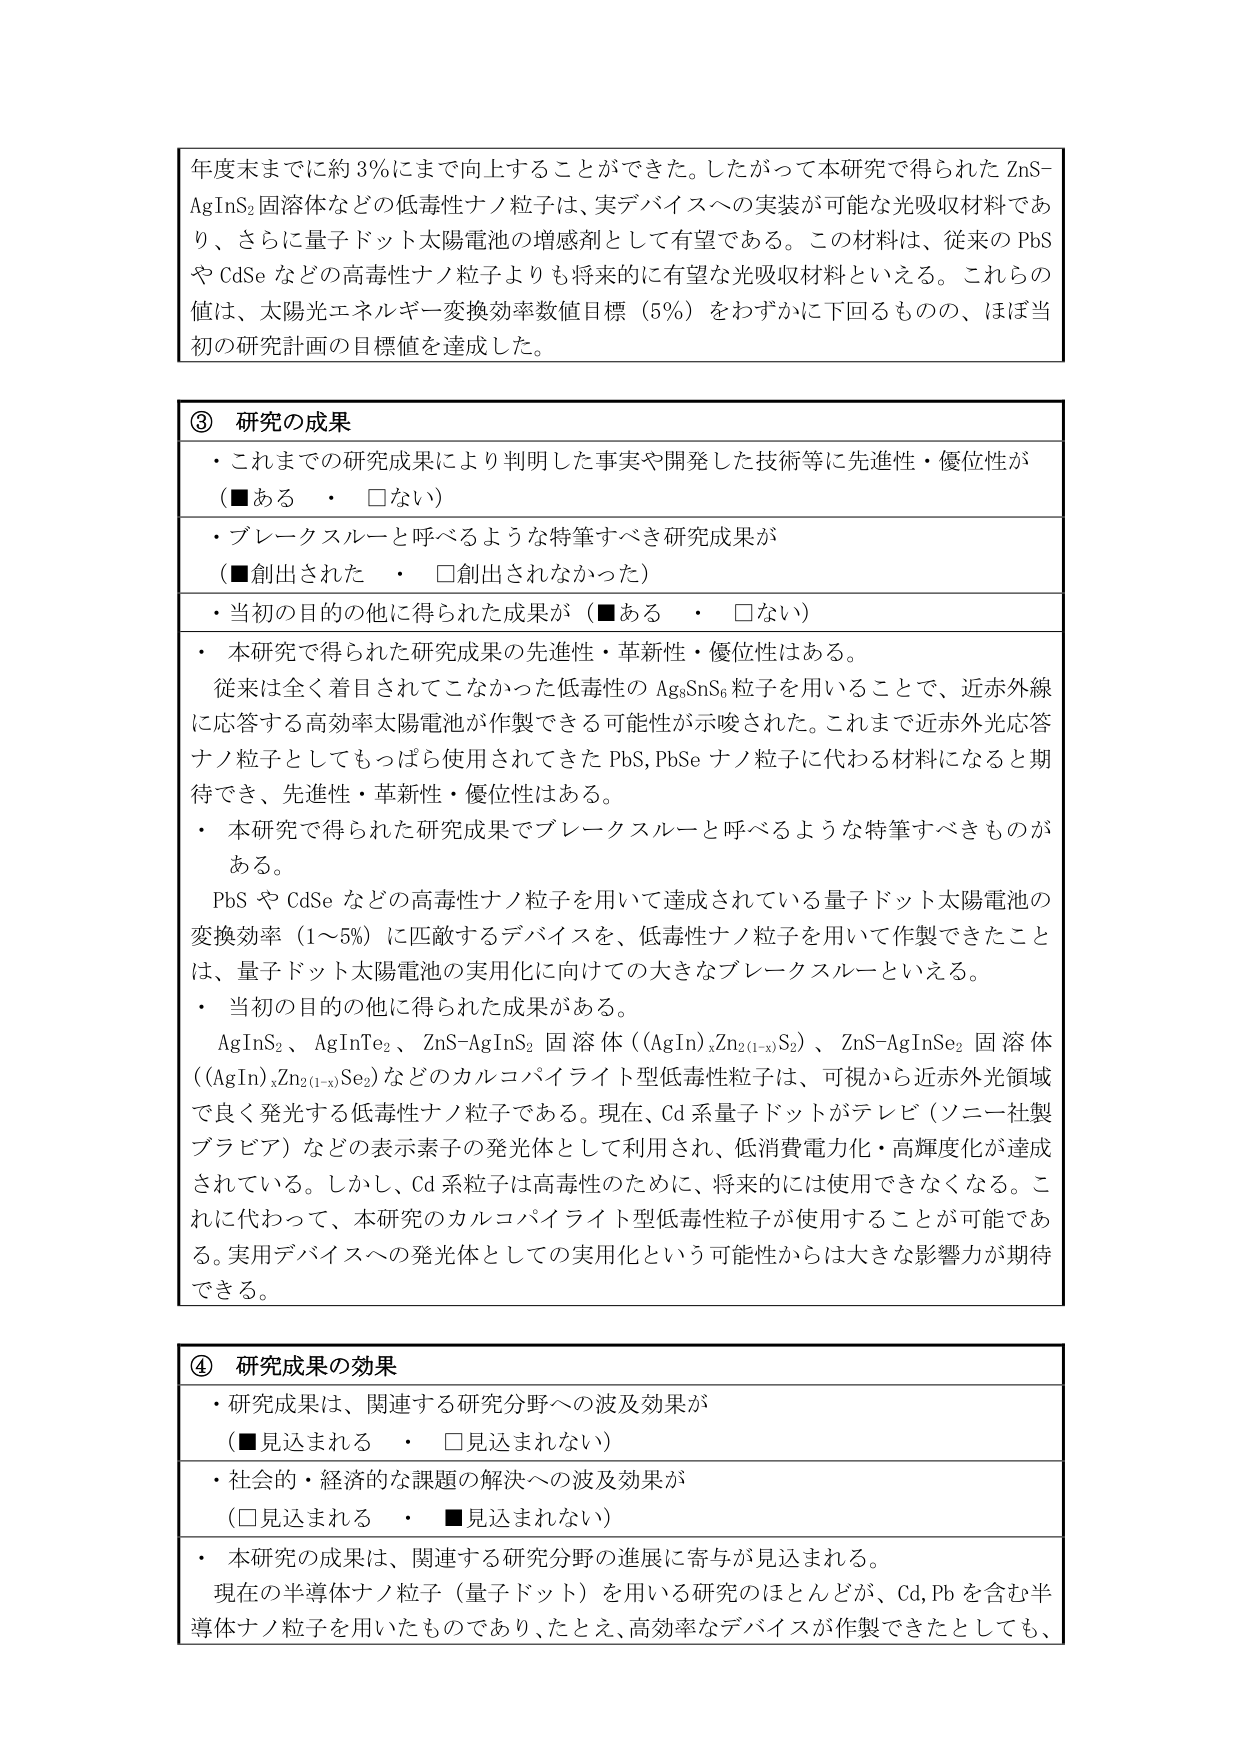
年度末までに約3％にまで向上することができた。したがって本研究で得られた ZnS-AgInS₂ 固溶体などの低毒性ナノ粒子は、実デバイスへの実装が可能な光吸収材料であり、さらに量子ドット太陽電池の増感剤として有望である。この材料は、従来の PbS や CdSe などの高毒性ナノ粒子よりも将来的に有望な光吸収材料といえる。これらの値は、太陽光エネルギー変換効率数値目標（5％）をわずかに下回るものの、ほぼ当初の研究計画の目標値を達成した。

③ 研究の成果
・これまでの研究成果により判明した事実や開発した技術等に先進性・優位性が（■ある　・　□ない）
・ブレークスルーと呼べるような特筆すべき研究成果が（■創出された　・　□創出されなかった）
・当初の目的の他に得られた成果が（■ある　・　□ない）
・本研究で得られた研究成果の先進性・革新性・優位性はある。
従来は全く着目されてこなかった低毒性の Ag₈SnS₆ 粒子を用いることで、近赤外線に応答する高効率太陽電池が作製できる可能性が示唆された。これまで近赤外光応答ナノ粒子としてもつばら使用されてきた PbS, PbSe ナノ粒子に代わる材料になると期待でき、先進性・革新性・優位性はある。
・本研究で得られた研究成果でブレークスルーと呼べるような特筆すべきものがある。
PbS や CdSe などの高毒性ナノ粒子を用いて達成されている量子ドット太陽電池の変換効率（1～5％）に匹敵するデバイスを、低毒性ナノ粒子を用いて作製できたことは、量子ドット太陽電池の実用化に向けての大きなブレークスルーといえる。
・当初の目的の他に得られた成果がある。
AgInS₂、AgInTe₂、ZnS-AgInS₂ 固溶体（(AgIn)ₓZn₂₍₁₋ₓ₎S₂）、ZnS-AgInSe₂ 固溶体（(AgIn)ₓZn₂₍₁₋ₓ₎Se₂）などのカルコパイライト型低毒性粒子は、可視から近赤外光領域で良く発光する低毒性ナノ粒子である。現在、Cd 系量子ドットがテレビ（ソニー社製ブラビア）などの表示素子の発光体として利用され、低消費電力化・高輝度化が達成されている。しかし、Cd 系粒子は高毒性のために、将来的には使用できなくなる。これに代わって、本研究のカルコパイライト型低毒性粒子が使用することが可能である。実用デバイスへの発光体としての実用化という可能性からは大きな影響力が期待できる。

④ 研究成果の効果
・研究成果は、関連する研究分野への波及効果が（■見込まれる　・　□見込まれない）
・社会的・経済的な課題の解決への波及効果が（□見込まれる　・　■見込まれない）
・本研究の成果は、関連する研究分野の進展に寄与が見込まれる。
現在の半導体ナノ粒子（量子ドット）を用いる研究のほとんどが、Cd, Pb を含む半導体ナノ粒子を用いたものであり、たとえ、高効率なデバイスが作製できたとしても、